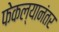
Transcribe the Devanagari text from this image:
फेकल्यानंतर